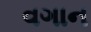
વગાન